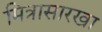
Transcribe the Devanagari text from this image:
मित्रासारखा